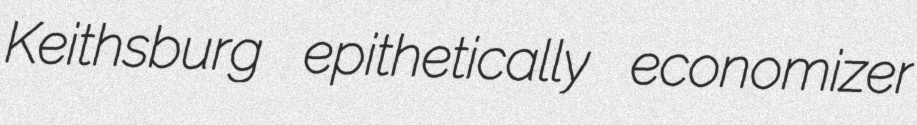
Keithsburg epithetically economizer